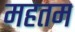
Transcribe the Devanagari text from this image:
महतम